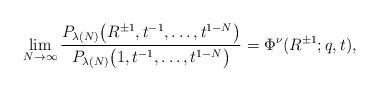
LaTeX: \begin{gather*}\lim_{N\rightarrow\infty}{\frac{P_{\lambda(N)}\big(R^{\pm 1}, t^{-1}, \dots, t^{1-N}\big)}{P_{\lambda(N)}\big(1, t^{-1}, \dots, t^{1-N}\big)}} = \Phi^{\nu}(R^{\pm 1}; q, t),\end{gather*}